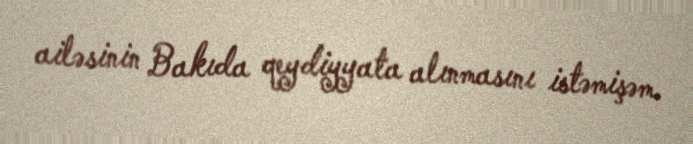
ailəsinin Bakıda qeydiyyata alınmasını istəmişəm.